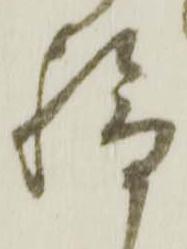
給